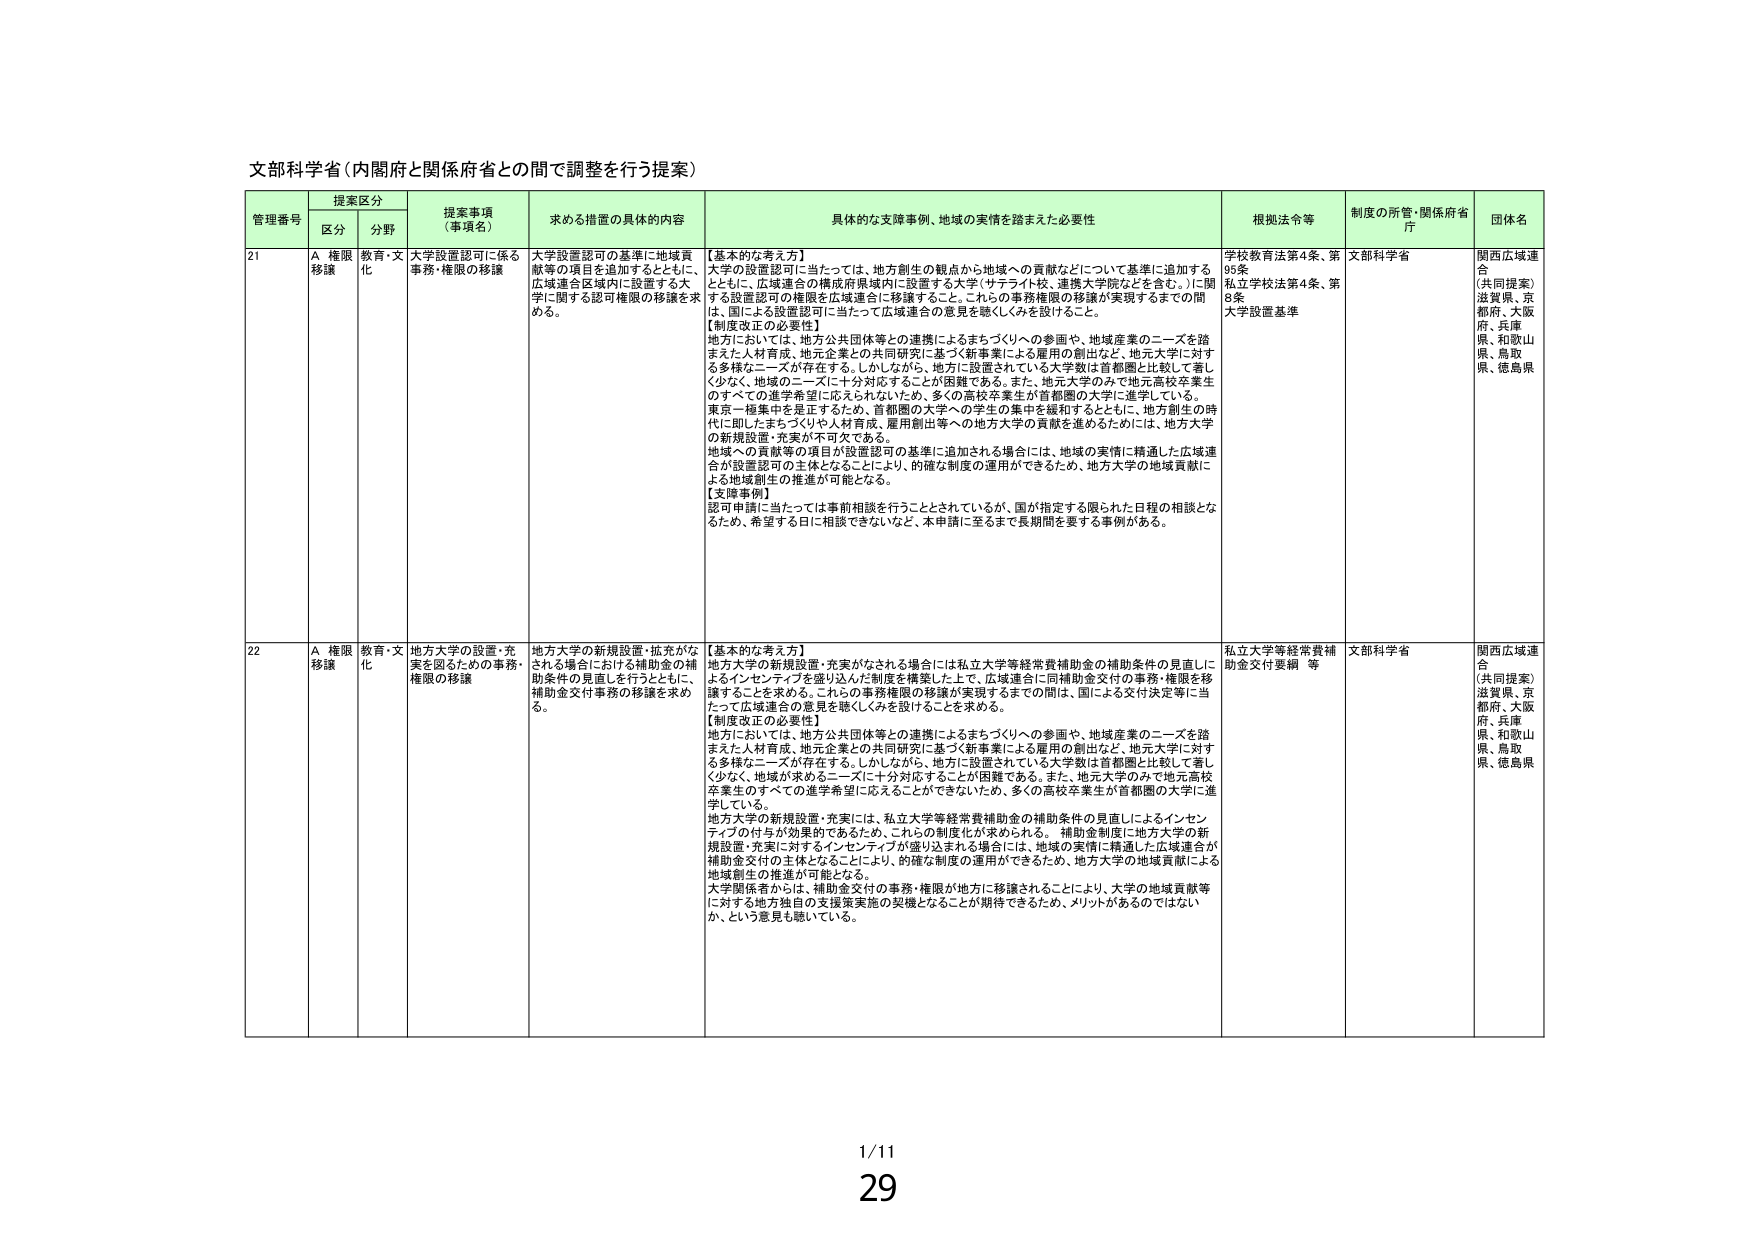
文部科学省（内閣府と関係府省との間で調整を行う提案）

管理番号 提案区分 提案事項（事項名） 求める措置の具体的内容 具体的な支援事例、地域の実情を踏まえた必要性 根拠法令等 制度の所管・関係府省庁 団体名
区分 分野

21 A 権限移譲 教育・文化 大学設置認可に係る事務・権限の移譲 大学設置認可の基準に地域貢献等の項目を追加するとともに、広域連合区域内に設置する大学に関する認可権限の移譲を求める。
【基本的な考え方】
大学の設置認可に当たっては、地方創生の観点から地域への貢献などについて基準に追加するとともに、広域連合の構成府県域内に設置する大学（サテライト校、連携大学院などを含む。）に関する設置認可の権限を広域連合に移譲すること、これらの事務権限の移譲が実現するまでの間は、国による設置認可に当たって広域連合の意見を聴くしくみを設けること。
【制度改正の必要性】
地方においては、地方公共団体等との連携によるまちづくりへの参画や、地域産業のニーズを踏まえた人材育成、地元企業との共同研究に基づく新事業による雇用の創出など、地元大学に対する多様なニーズが存在する。しかしながら、地方に設置されている大学数は首都圏と比較して著しく少なく、地域のニーズに十分対応することが困難である。また、地元大学のみで地元高校卒業生のすべての進学希望に応えられないため、多くの高校卒業生が首都圏の大学に進学している。東京一極集中を是正するため、首都圏の大学への学生の集中を緩和するとともに、地方創生の時代に即したまちづくりや人材育成、雇用創出等への地方大学の貢献を進めるためには、地方大学の新規設置・充実が不可欠である。
地域への貢献等の項目が設置認可の基準に追加される場合には、地域の実情に精通した広域連合が設置認可の主体となることにより、的確な制度の運用ができるため、地方大学の地域貢献による地域創生の推進が可能となる。
【支援事例】
認可申請に当たっては事前相談を行うこととされているが、国が指定する限られた日程の相談となるため、希望する日に相談できないなど、本申請に至るまで長期間を要する事例がある。
学校教育法第4条、第95条
私立学校法第4条、第8条
大学設置基準
文部科学省
関西広域連合
（共同提案）
滋賀県、京都府、大阪府、兵庫県、和歌山県、鳥取県、徳島県

22 A 権限移譲 教育・文化 地方大学の設置・充実を図るための事務・権限の移譲 地方大学の新規設置・拡充がなされる場合における補助金の補助条件の見直しを行うとともに、補助金交付事務の移譲を求める。
【基本的な考え方】
地方大学の新規設置・充実がなされる場合には私立大学等経常費補助金の補助条件の見直しによるインセンティブを盛り込んだ制度を構築した上で、広域連合に同補助金交付の事務・権限を移譲することを求める。これらの事務権限の移譲が実現するまでの間は、国による交付決定等に当たって広域連合の意見を聴くしくみを設けることを求める。
【制度改正の必要性】
地方においては、地方公共団体等との連携によるまちづくりへの参画や、地域産業のニーズを踏まえた人材育成、地元企業との共同研究に基づく新事業による雇用の創出など、地元大学に対する多様なニーズが存在する。しかしながら、地方に設置されている大学数は首都圏と比較して著しく少なく、地域が求めるニーズに十分対応することが困難である。また、地元大学のみで地元高校卒業生のすべての進学希望に応えることができないため、多くの高校卒業生が首都圏の大学に進学している。
地方大学の新規設置・充実には、私立大学等経常費補助金の補助条件の見直しによるインセンティブの付与が効果的であるため、これらの制度化が求められる。補助金制度に地方大学の新規設置・充実に対するインセンティブが盛り込まれる場合には、地域の実情に精通した広域連合が補助金交付の主体となることにより、的確な制度の運用ができるため、地方大学の地域貢献による地域創生の推進が可能となる。
大学関係者からは、補助金交付の事務・権限が地方に移譲されることにより、大学の地域貢献等に対する地方独自の支援策実施の契機となることが期待できるため、メリットがあるのではないか、という意見も聴いている。
私立大学等経常費補助金交付要綱 等
文部科学省
関西広域連合
（共同提案）
滋賀県、京都府、大阪府、兵庫県、和歌山県、鳥取県、徳島県

1/11
29